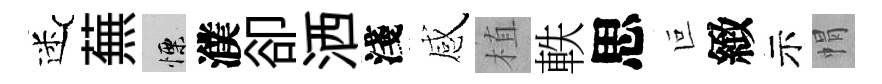
迷蕪慄濮卻洒淺感植軼思叵緻示㡌